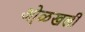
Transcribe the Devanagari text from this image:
ओ़ळखली